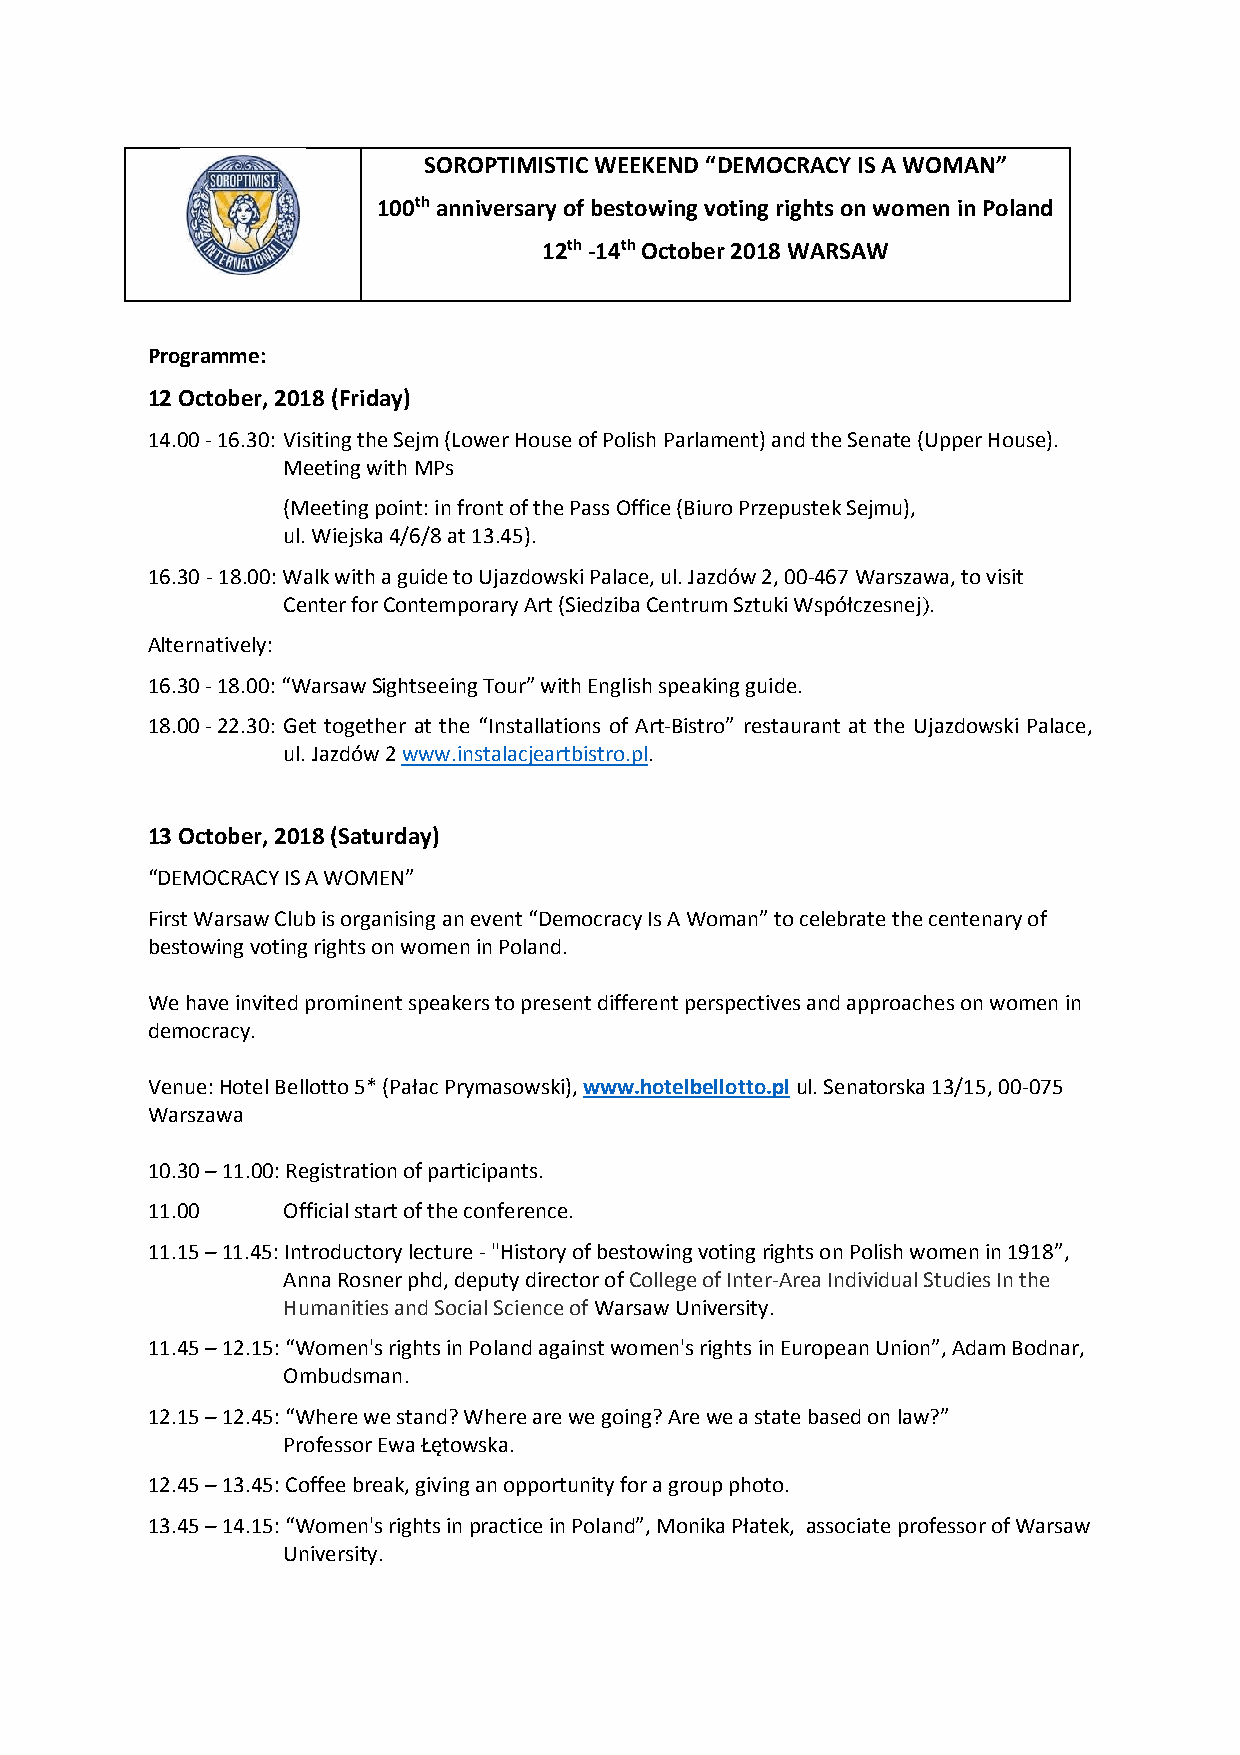
SOROPTIMISTIC WEEKEND “DEMOCRACY IS A WOMAN”
 100th anniversary of bestowing voting rights on women in Poland
 12th -14th October 2018 WARSAW
 Programme:
 12 October, 2018 (Friday)
 14.00 - 16.30: Visiting the Sejm (Lower House of Polish Parlament) and the Senate (Upper House).
 Meeting with MPs
 (Meeting point: in front of the Pass Office (Biuro Przepustek Sejmu),
 ul. Wiejska 4/6/8 at 13.45).
 16.30 - 18.00: Walk with a guide to Ujazdowski Palace, ul. Jazdów 2, 00-467 Warszawa, to visit
 Center for Contemporary Art (Siedziba Centrum Sztuki Współczesnej).
 Alternatively:
 16.30 - 18.00: “Warsaw Sightseeing Tour” with English speaking guide.
 18.00 - 22.30: Get together at the “Installations of Art-Bistro” restaurant at the Ujazdowski Palace,
 ul. Jazdów 2 www.instalacjeartbistro.pl.
 13 October, 2018 (Saturday)
 “DEMOCRACY IS A WOMEN”
 First Warsaw Club is organising an event “Democracy Is A Woman” to celebrate the centenary of
 bestowing voting rights on women in Poland.
 We have invited prominent speakers to present different perspectives and approaches on women in
 democracy.
 Venue: Hotel Bellotto 5* (Pałac Prymasowski), www.hotelbellotto.pl ul. Senatorska 13/15, 00-075
 Warszawa
 10.30 – 11.00: Registration of participants.
 11.00    Official start of the conference.
 11.15 – 11.45: Introductory lecture - "History of bestowing voting rights on Polish women in 1918”,
 Anna Rosner phd, deputy director of College of Inter-Area Individual Studies In the
 Humanities and Social Science of Warsaw University.
 11.45 – 12.15: “Women's rights in Poland against women's rights in European Union”, Adam Bodnar,
 Ombudsman.
 12.15 – 12.45: “Where we stand? Where are we going? Are we a state based on law?”
 Professor Ewa Łętowska.
 12.45 – 13.45: Coffee break, giving an opportunity for a group photo.
 13.45 – 14.15: “Women's rights in practice in Poland”, Monika Płatek, associate professor of Warsaw
 University.